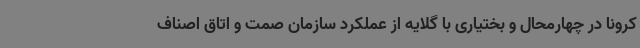
کرونا در چهارمحال و بختیاری با گلایه از عملکرد سازمان صمت و اتاق اصناف